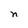
Character: n